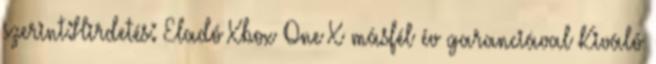
szerint:Hirdetés: Eladó Xbox One X másfél év garanciával Kiváló